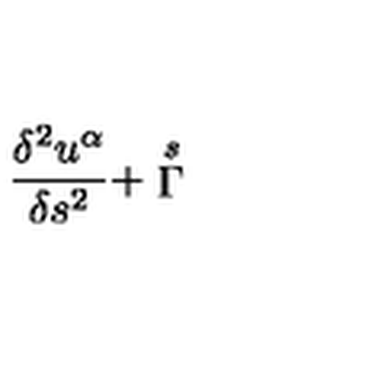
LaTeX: \frac { \delta ^ { 2 } u ^ { \alpha } } { \delta s ^ { 2 } } + \stackrel { s } { \Gamma }